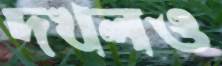
দখলও